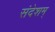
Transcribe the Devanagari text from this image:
संदेशम्